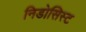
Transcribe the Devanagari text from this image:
निडोसिस्ट